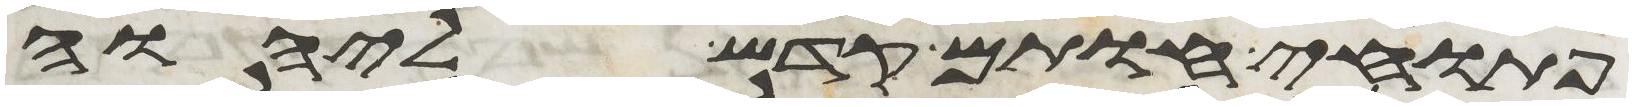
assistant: פתוחי חותם קדש ליהוה